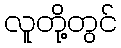
လူတို့တွင်